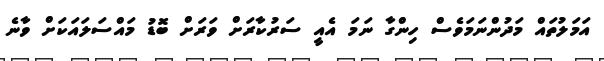
އަމަލުތައް މަދުންނަމަވެސް ހިންގާ ނަމަ އެއީ ސަރުކާރަށް ވަރަށް ބޮޑު މައްސަލައަކަށް ވާނެ